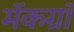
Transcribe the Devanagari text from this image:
मॅकग्रॉ